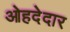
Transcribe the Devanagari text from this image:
ओहदेदार